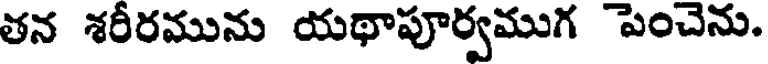
తన శరీరమును యథాపూర్వముగ పెంచెను.